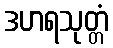
ဒဟရသုတ္တံ